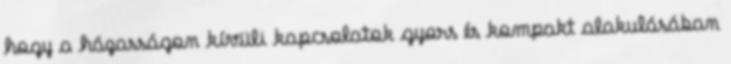
hogy a házasságon kívüli kapcsolatok gyors és kompakt alakulásában